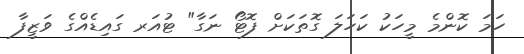
ހަމަ ކޮންމެ މީހަކު ކަހަލަ ގޮތަކަށް ފޮޓޯ ނަގާ" ޓުއަރ ގައިޑެއްގެ ވަޒީފާ